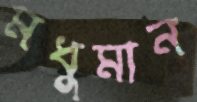
মধুমান